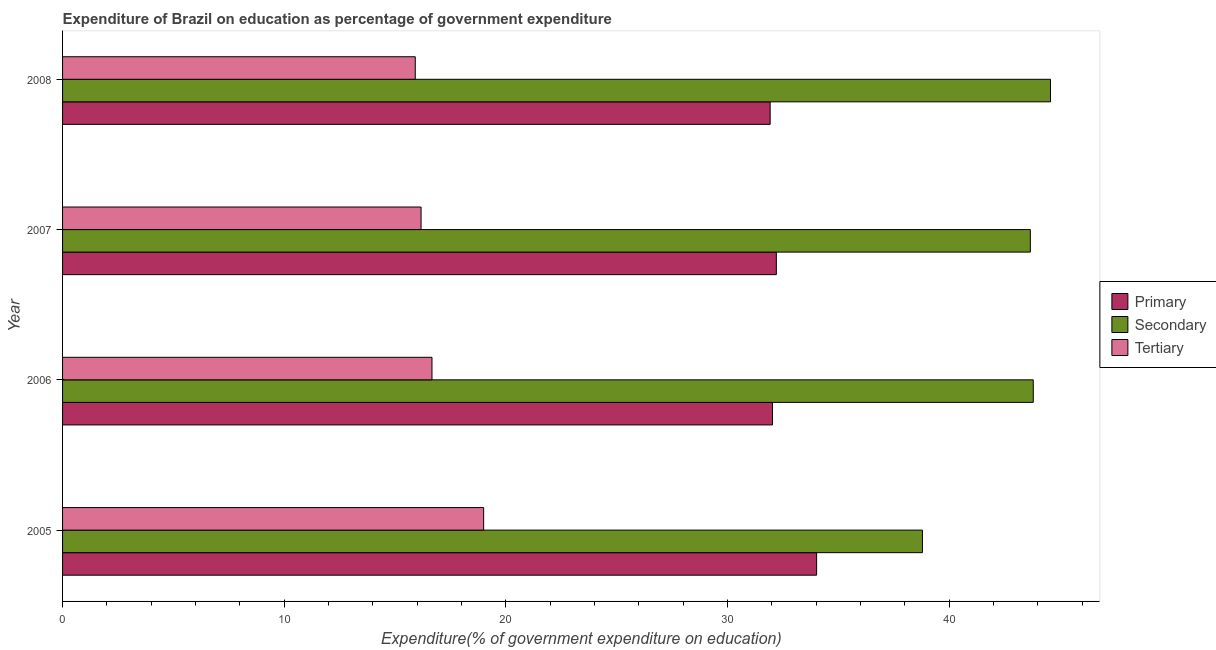
| Year | Primary | Secondary | Tertiary |
 | --- | --- | --- | --- |
 | 2005 | 34 | 38.8 | 19 |
 | 2006 | 32 | 43.8 | 16.7 |
 | 2007 | 32.2 | 43.7 | 16.2 |
 | 2008 | 31.9 | 44.6 | 15.9 |